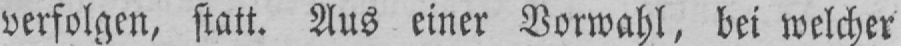
verfolgen, statt. Aus einer Vorwahl, bei welcher